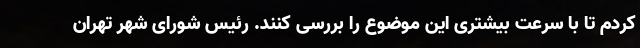
کردم تا با سرعت بیشتری این موضوع را بررسی کنند. رئیس شورای شهر تهران